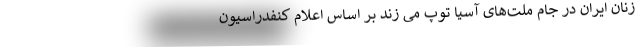
زنان ایران در جام ملت‌های آسیا توپ می زند بر اساس اعلام کنفدراسیون